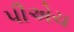
પીએચ